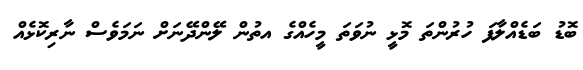
ބޮޑު ބަޑެއްލާފަ ހުރުންތަ މޮޅީ ނުވަތަ މީހެއްގެ އތުން ލޭންދޭނަށް ނަމަވެސް ނާރިކޮޅެއް